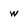
Character: w